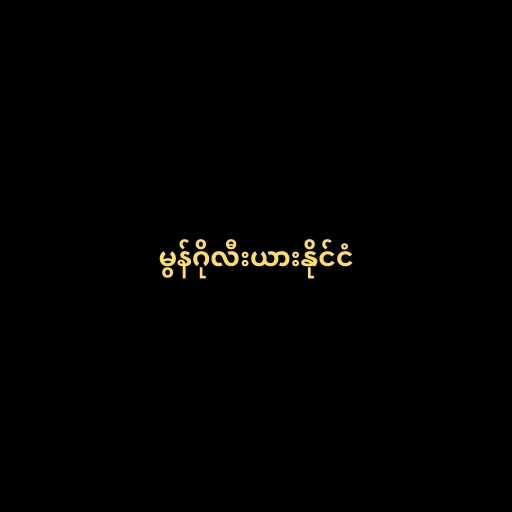
မွန်ဂိုလီးယားနိုင်ငံ